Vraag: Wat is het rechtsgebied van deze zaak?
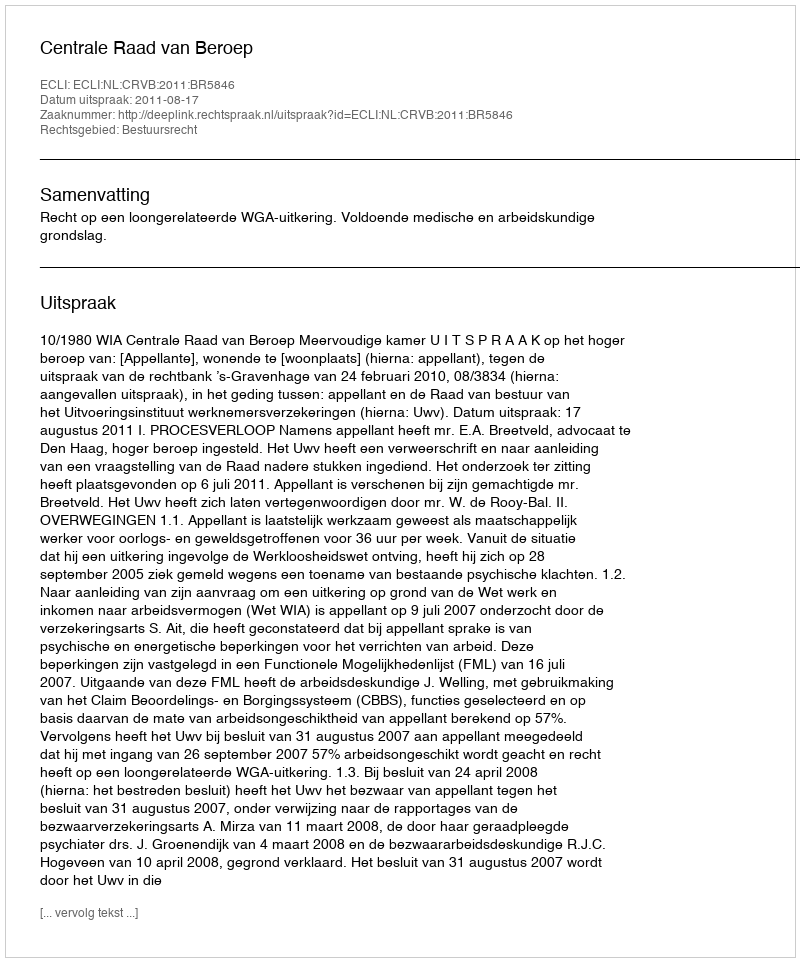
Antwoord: Bestuursrecht